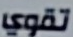
تقوي